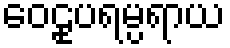
ဝေဠုပရမ္ပရာယ